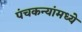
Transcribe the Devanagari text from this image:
पंचकन्यांमध्ये